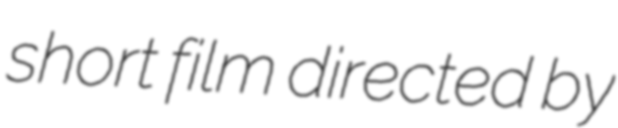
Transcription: short film directed by